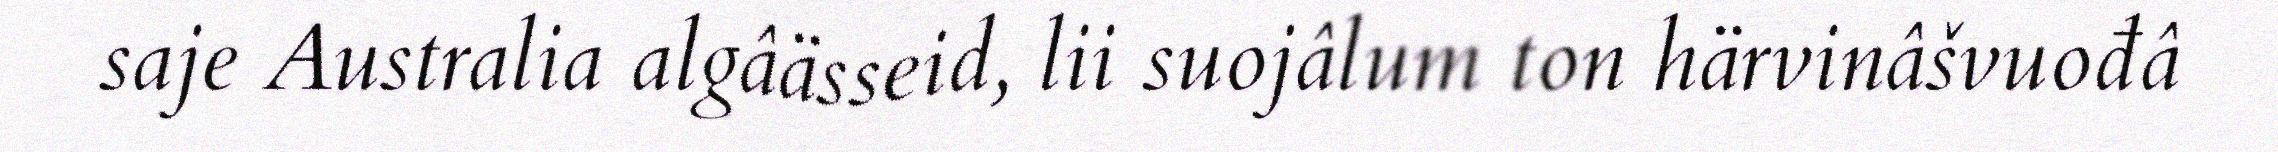
saje Australia algâässeid, lii suojâlum ton härvinâšvuođâ